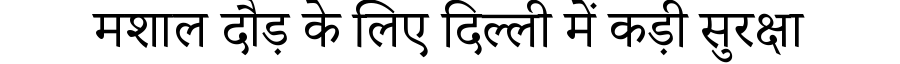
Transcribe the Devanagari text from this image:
मशाल दौड़ के लिए दिल्ली में कड़ी सुरक्षा